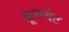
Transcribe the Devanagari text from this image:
क्रूसवेट